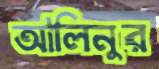
আলিনুর